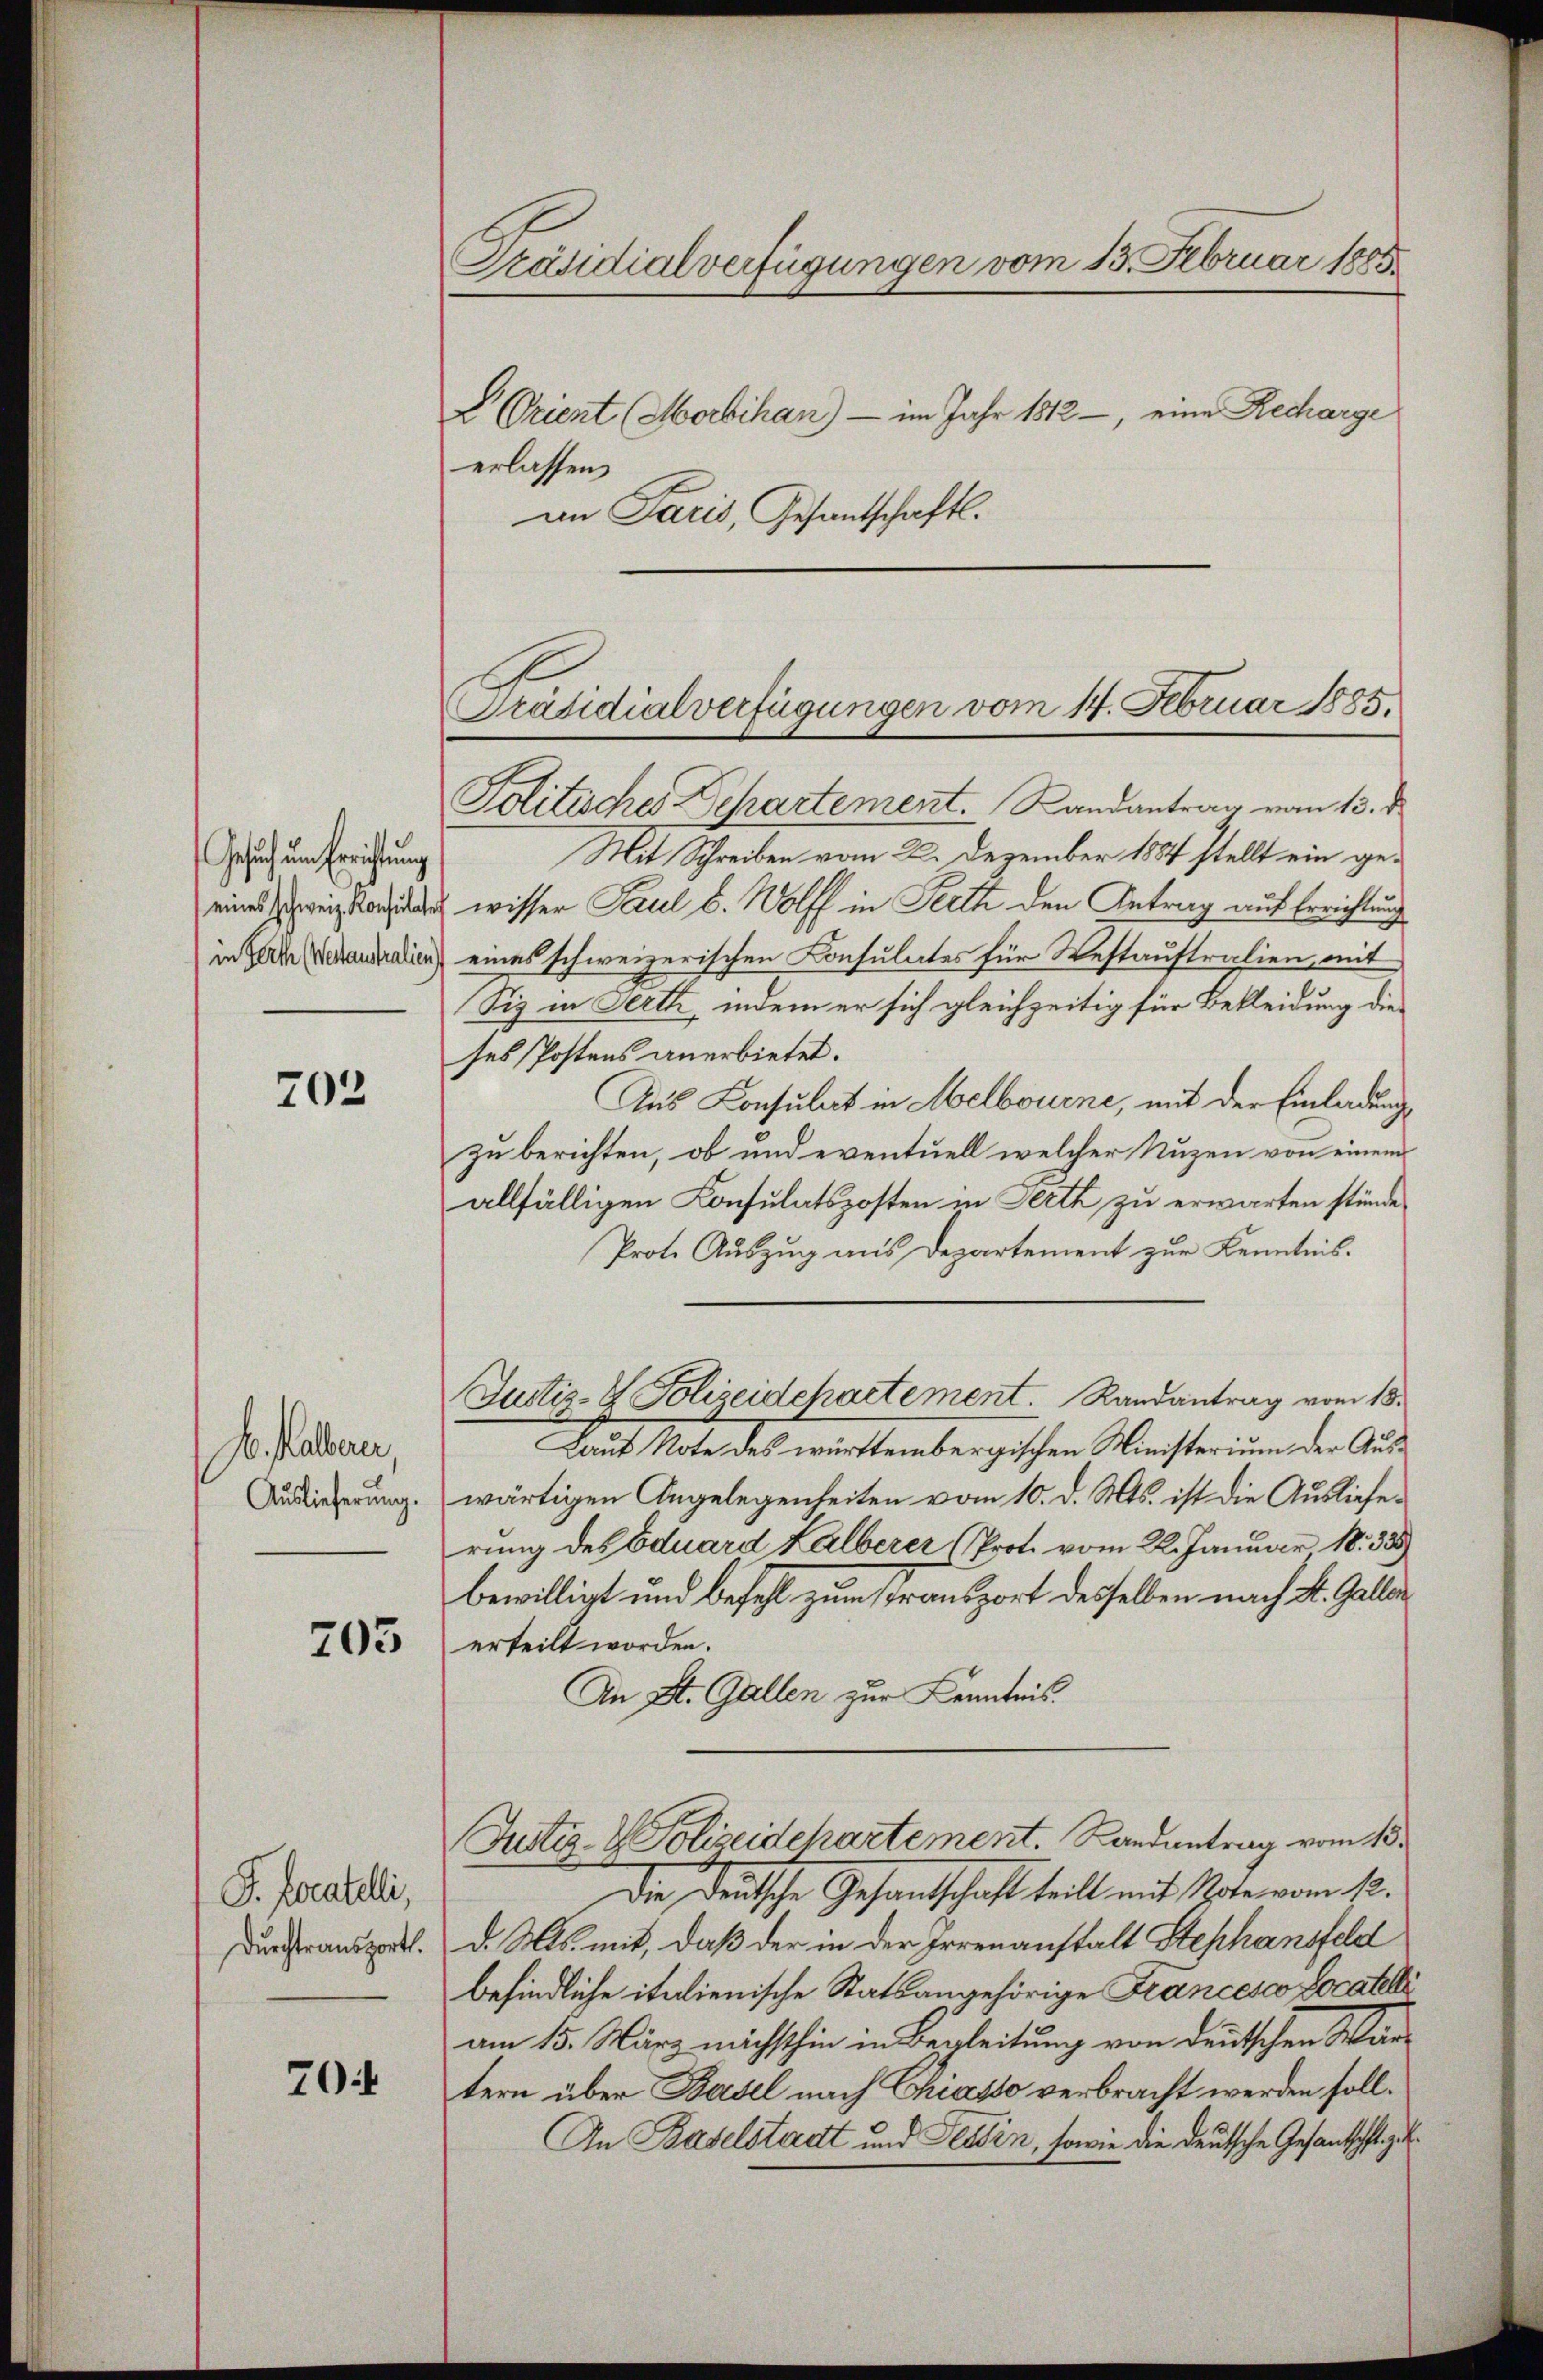
Gesuch um Errichtung
eines schweiz. Konsulater
in fert (Wertaustralien,

703

A. Kalbern,
Auslieferung.

205

P. Pocatelli,
Durchtransport.

704

Präsidialverfügungen vom 13. Februar 1885.
L Orient (Morbihan) - im Jahr 1812, eine Recharge
erlassen
im Paris, Gesantschaftl.

Politisches Departement. Randantrag vom 13. d
Mit Schreiben vom 2. Dezember 1884 stellt ein gewisser Paul b. Wolff in Perth den Antrag auf Errichtung
eines schweizerischen Consulates für Westauftralien, mit
Siz in Ferth, indem er sich gleichzeitig für Bekleidung dieses Postens anerbietet.
Aus Konsulat in Melbourne, mit der Einladungszu berichten, ob und eventuell welcher Nuzen von einem
allfälligen Consulatsposten in Perth zu erwarten stünde,
Prote Auszug aus Departement zur Kenntnis.
Justiz- & Polizeidepartement. Randantrag vom 18.
Laut Note des württembergischen Ministerium der Auswärtigen Angelegenheiten vom 10. d. Mts. ist die Auslieferung des Eduard Kälberer Prote vom 22. Januar 18335)
bewilligt und Befehl zum Transport desselben nach St. Gallen
erteilt worden.
An St. Gallen zur Kenntnis.
Justiz- & Polizeidchartement. Landantrag vom 18.
Die deutsche Gesandtschaft teilt mit Note vom 1.
d. Mts. mit, daß der in der Irrenanstalt Stephansfeld
befindliche italienische Statsangehörige Francesco Locatelle
am 15. März nächsthin in Begleitung von deutschen Wartern über Basel nach Chiasso verbracht werden soll.
An Baselstadt und Tessin, sowie die deutsche Gesantscht zu

Präsidialverfügungen vom 14. Februar 1885.